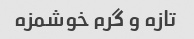
تازه و گرم خوشمزه